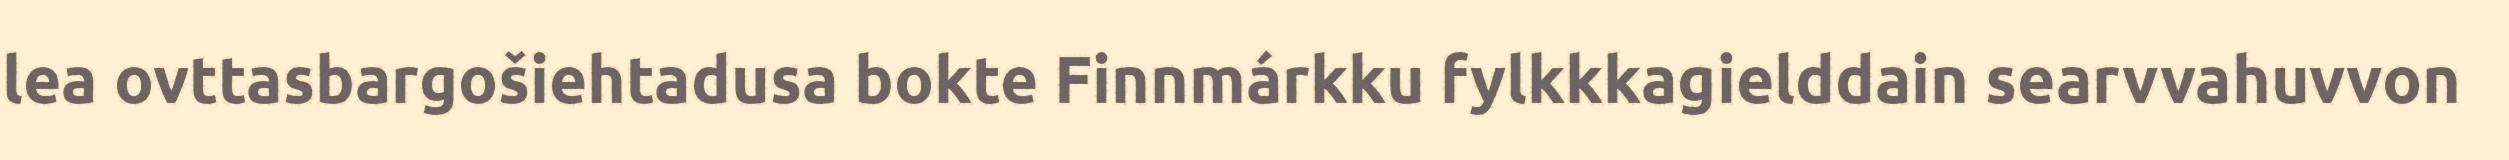
lea ovttasbargošiehtadusa bokte Finnmárkku fylkkkagielddain searvvahuvvon